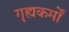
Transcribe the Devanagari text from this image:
गृह्यकर्मों